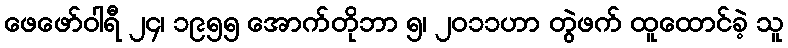
ဖေဖော်ဝါရီ ၂၄၊ ၁၉၅၅ အောက်တိုဘာ ၅၊ ၂၀၁၁ဟာ တွဲဖက် ထူထောင်ခဲ့ သူ